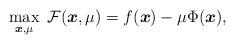
LaTeX: \begin{align*}\max_{\boldsymbol{x}, \mu} \ \mathcal{F}(\boldsymbol{x}, \mu)=f(\boldsymbol{x})-\mu \Phi(\boldsymbol{x}),\end{align*}